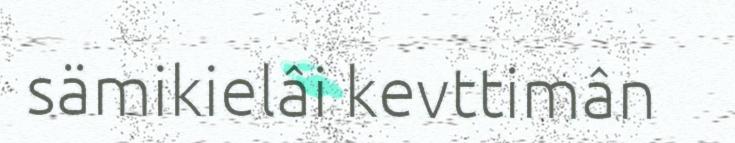
sämikielâi kevttimân